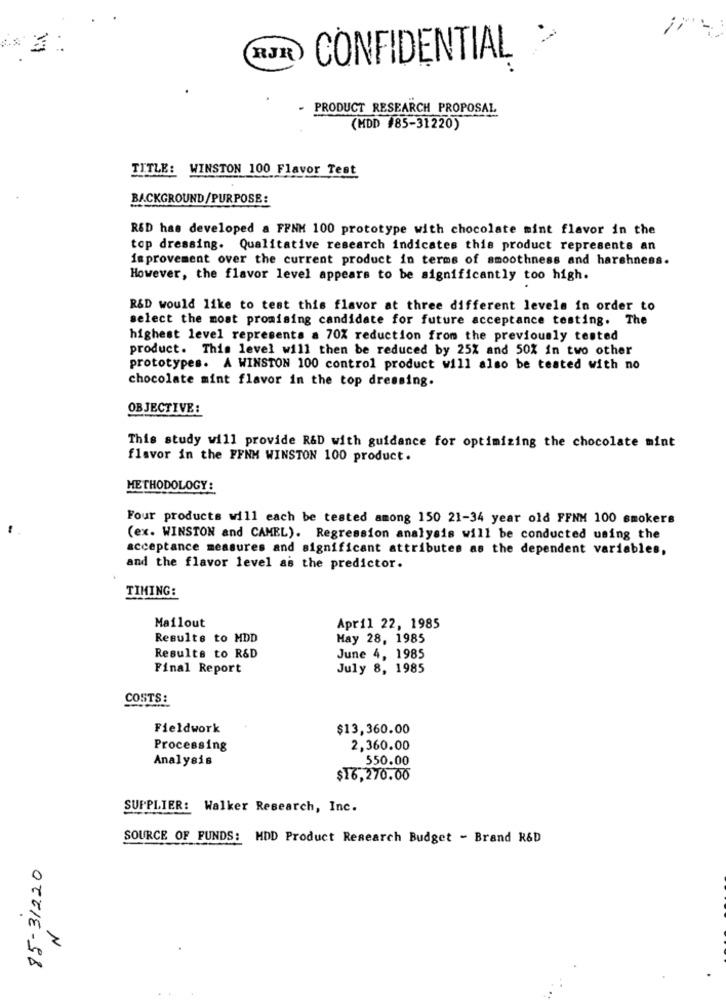
RJR
CONFIDENTIAL
PRODUCT RESEARCH PROPOSAL
(HDD #85-31220)
TITLE:
WINSTON 100 Flavor Test
BACKGROUND/PURPOSE:
R&D has developed a FFNK 100 prototype with chocolate mint flavor in the
top dressing. Qualitative research indicates this product represents an
improvement over the current product in terms of smoothness and harshness.
However, the flavor level appears to be significantly too high.
R&D would like to test this flavor at three different levels in order to
select the most promising candidate for future acceptance testing. The
highest level represents a 70% reduction from the previously tested
product. This level will then be reduced by 25% and 50% in two other
prototypes. A WINSTON 100 control product will also be tested with no
chocolate mint flavor in the top dressing.
OBJECTIVE:
This study will provide R&D with guidance for optimizing the chocolate mint
flavor in the FFNM WINSTON 100 product.
METHODOLOGY :
Four products will each be tested among 150 21-34 year old FFNM 100 smokers
-
(ex. WINSTON and CAMEL). Regression analysis will be conducted using the
acceptance measures and significant attributes as the dependent variables,
and the flavor level as the predictor.
TIMING:
Mailout
April 22, 1985
Results to HDD
Hay 28, 1985
Results to R&D
June 4, 1985
Final Report
July 8, 1985
COSTS:
Fieldwork
$13,360.00
Processing
2,360.00
Analysis
550.00
$16,270.00
SUPPLIER: Walker Research, Inc.
SOURCE OF FUNDS: HDD Product Research Budget - Brand R&D
85-31220
N